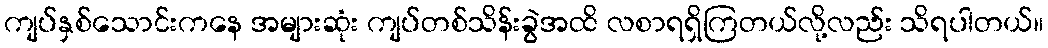
ကျပ်နှစ်သောင်းကနေ အများဆုံး ကျပ်တစ်သိန်းခွဲအထိ လစာရရှိကြတယ်လို့လည်း သိရပါတယ်။